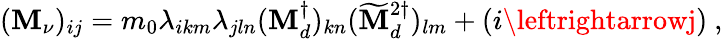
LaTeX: (\mathbf{M}_{\nu})_{ij}=m_{0}\lambda_{ikm}\lambda_{jln}(\mathbf{M}_{d}^{\dagger})_{kn}(\widetilde{{\mathbf{M}}}_{d}^{2\dagger})_{lm}+(i\leftrightarrowj)\ ,